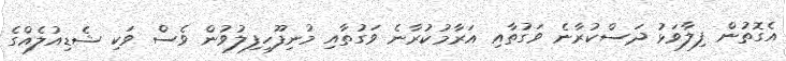
އެގޮތުން ފިލާވަޅު ދަސްކުރާނެ ވަގުތާއި އަރާމުކުރާނެ ވަގުތާއި މުނިފޫހިފިލުވުން ވެސް ވަކި ޝެޑިއުލެއްގެ